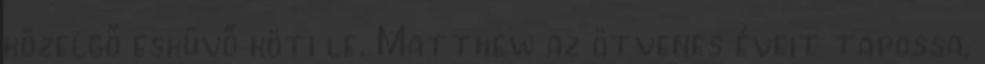
közelgő esküvő köti le. Matthew az ötvenes éveit tapossa,